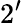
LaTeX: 2^{\prime}